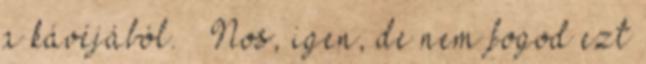
a kávéjából. – Nos, igen, de nem fogod ezt